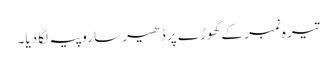
تیرہ نمبر کے گھوڑے پر ڈھیر سا روپیہ لگا دیا۔